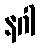
နဂါ